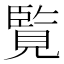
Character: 覧